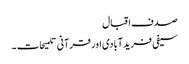
صدف اقبال
سیفی فریدآبادی اور قرآنی تلمیحات ۔